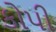
કોપી